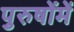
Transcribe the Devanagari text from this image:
पुरुषोंमें